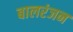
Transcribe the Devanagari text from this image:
बालरंजन